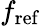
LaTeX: f_{\mathrm{ref}}